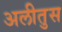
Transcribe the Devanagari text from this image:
अलीतुस